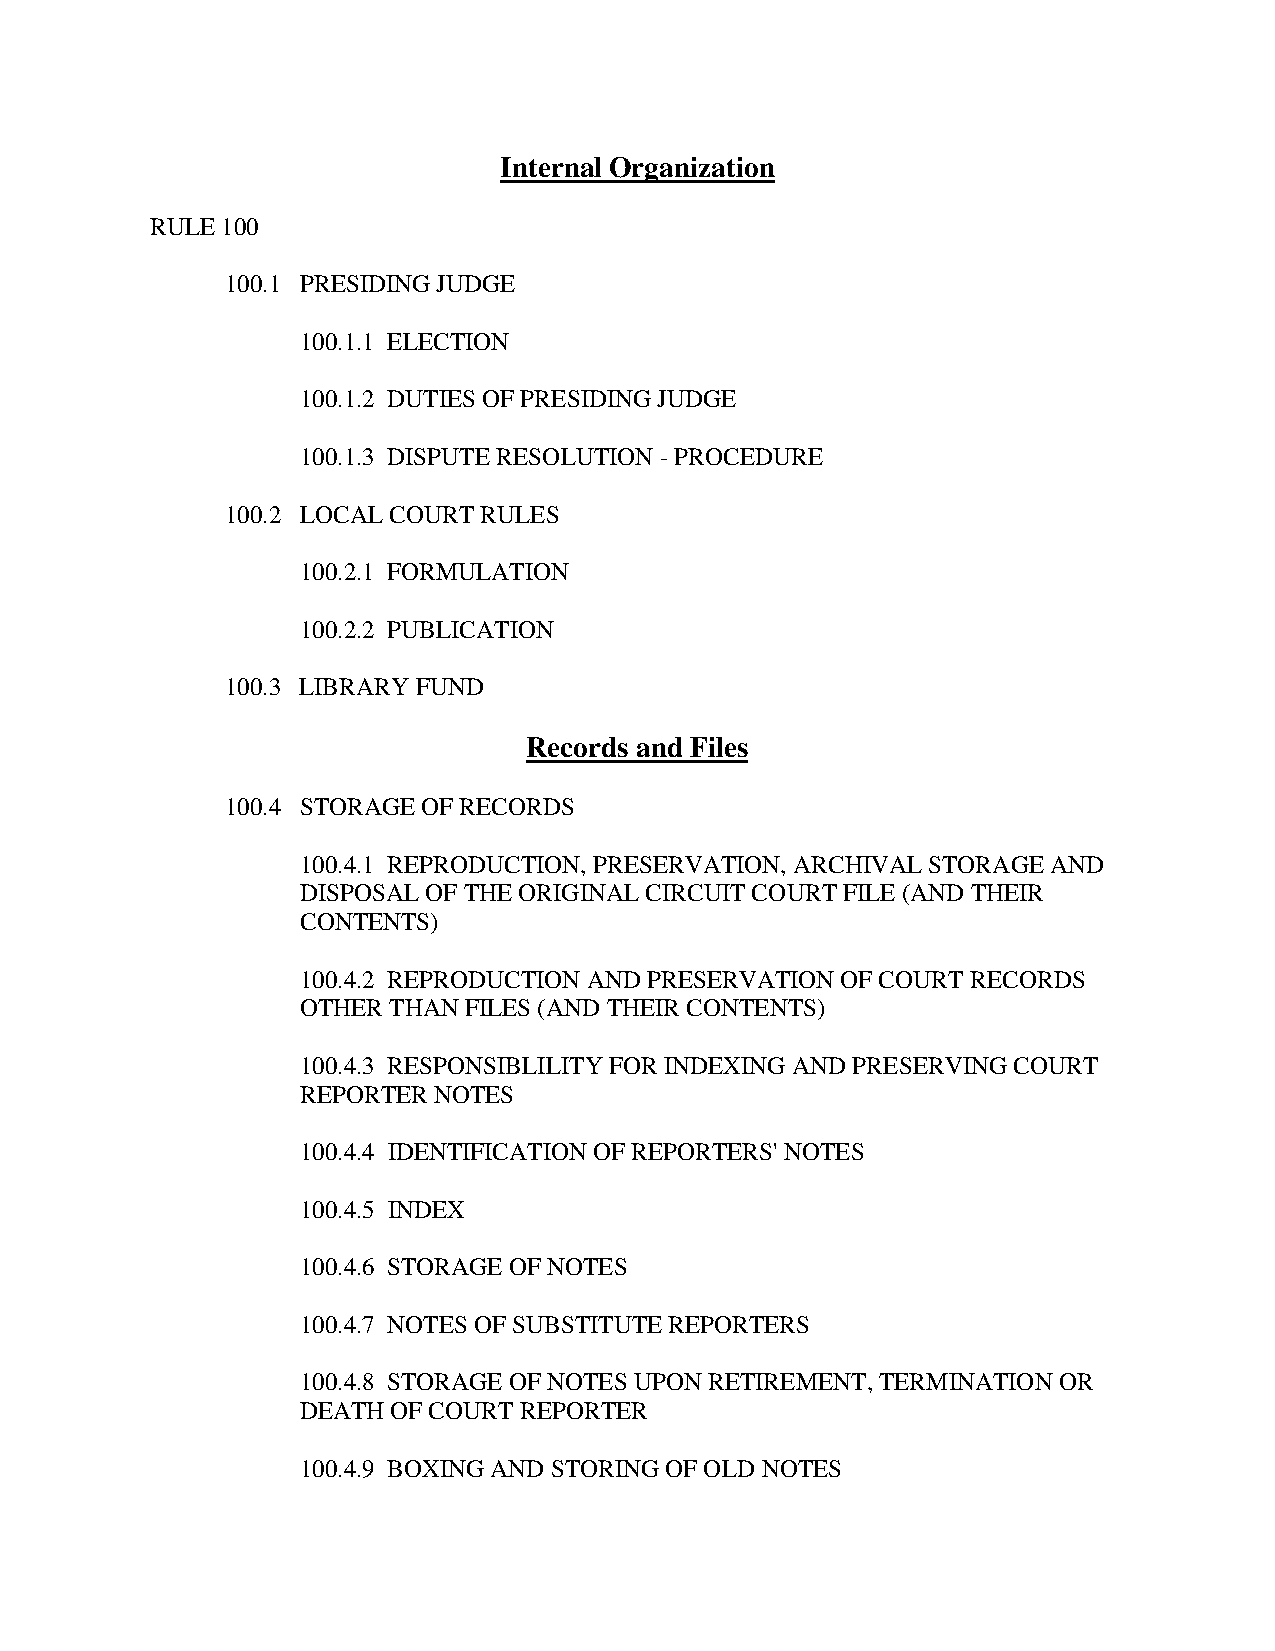
Internal Organization
 RULE 100
 100.1 PRESIDING JUDGE
 100.1.1 ELECTION
 100.1.2 DUTIES OF PRESIDING JUDGE
 100.1.3 DISPUTE RESOLUTION - PROCEDURE
 100.2 LOCAL COURT RULES
 100.2.1 FORMULATION
 100.2.2 PUBLICATION
 100.3 LIBRARY FUND
 Records and Files
 100.4 STORAGE OF RECORDS
 100.4.1 REPRODUCTION, PRESERVATION, ARCHIVAL STORAGE AND
 DISPOSAL OF THE ORIGINAL CIRCUIT COURT FILE (AND THEIR
 CONTENTS)
 100.4.2 REPRODUCTION AND PRESERVATION OF COURT RECORDS
 OTHER THAN FILES (AND THEIR CONTENTS)
 100.4.3 RESPONSIBLILITY FOR INDEXING AND PRESERVING COURT
 REPORTER NOTES
 100.4.4 IDENTIFICATION OF REPORTERS' NOTES
 100.4.5 INDEX
 100.4.6 STORAGE OF NOTES
 100.4.7 NOTES OF SUBSTITUTE REPORTERS
 100.4.8 STORAGE OF NOTES UPON RETIREMENT, TERMINATION OR
 DEATH OF COURT REPORTER
 100.4.9 BOXING AND STORING OF OLD NOTES